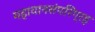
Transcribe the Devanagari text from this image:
महायानसंपरिग्रह